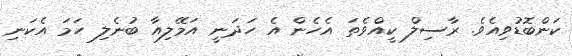
ކަންބޮޑުވިއެވެ. ރާސިލް ކީއްވެތަ އެހެން އެ ހަދަނީ އަމޭލިއާ ބުނެލި ހަމަ އެކަނި